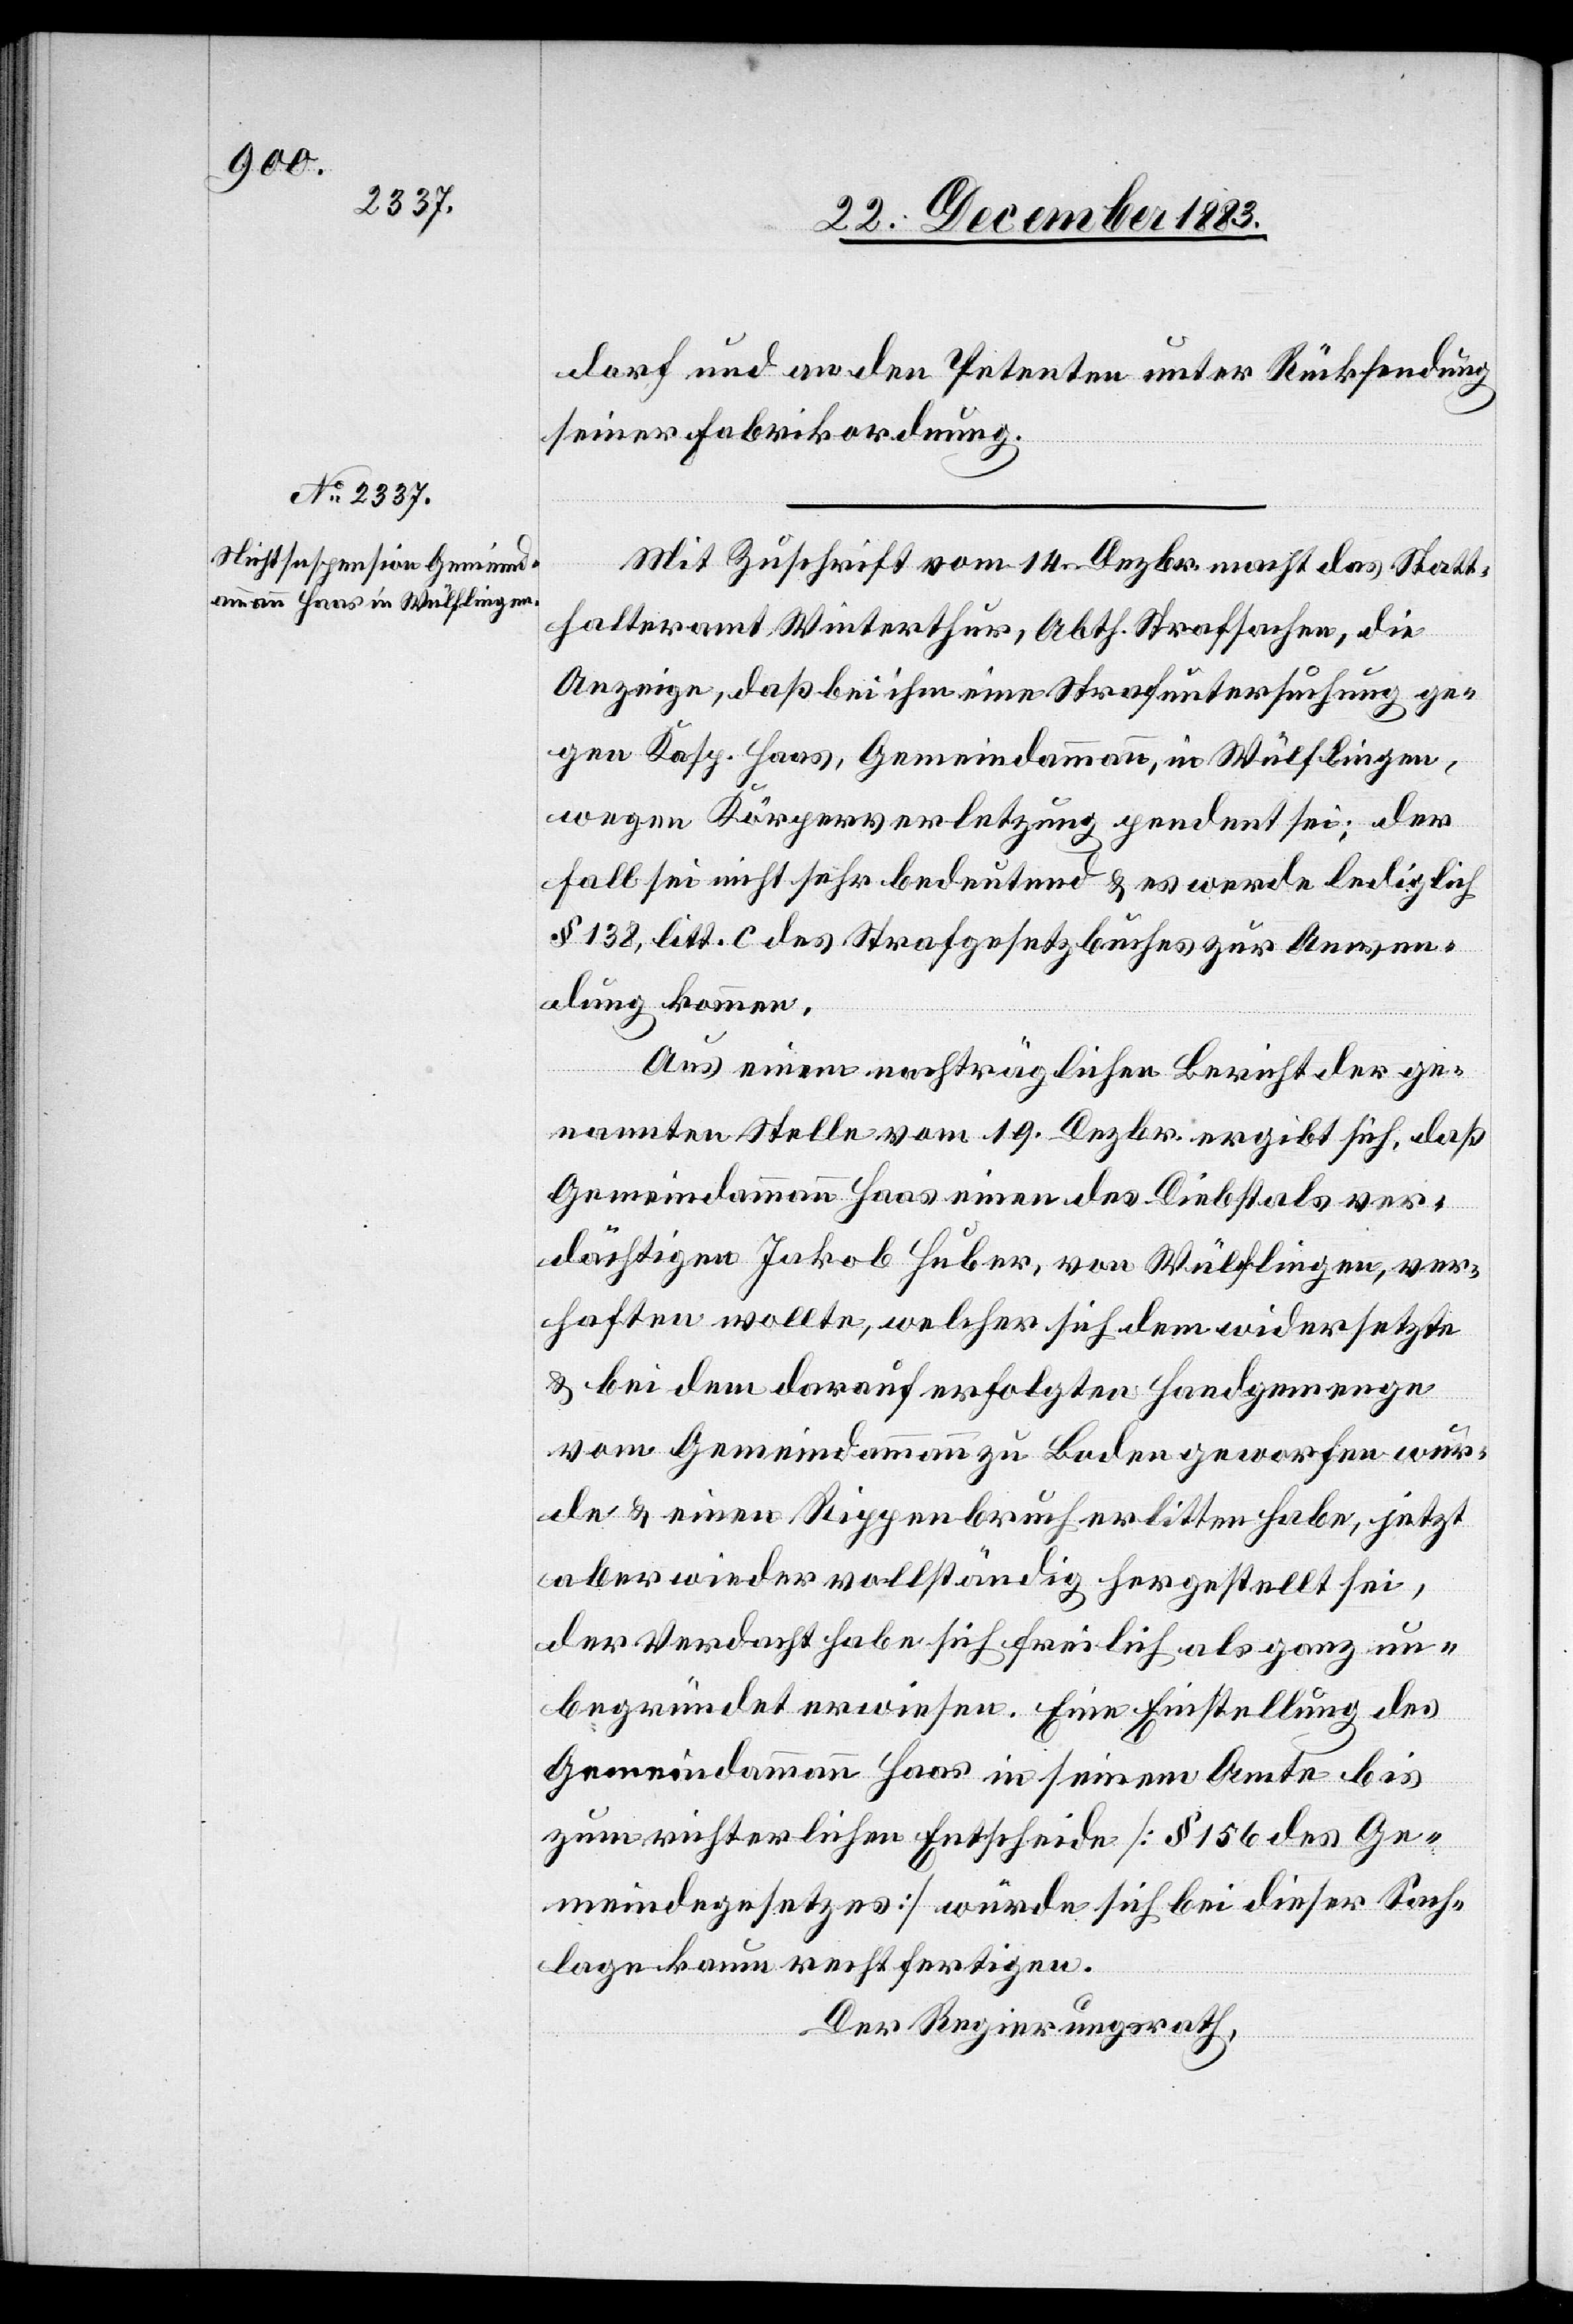
dorf und an den Petenten unter Rücksendung
seiner Fabrikordnung.
Mit Zuschrift vom 14. Dezbr. macht das Statt¬
halteramt Winterthur, Abth. Strafsachen, die
Anzeige, daß bei ihm eine Strafuntersuchung ge¬
gen Kasp. Haas, Gemeindammann, in Wülflingen,
wegen Körperverletzung pendent sei; der
Fall sei nicht sehr bedeutend & es werde lediglich
§ 138, litt. c des Strafgesetzbuches zur Anwen¬
dung kommen.
Aus einem nachträglichen Bericht der ge¬
nannten Stelle vom 19. Dezbr. ergibt sich, daß
Gemeindammann Haas einen des Diebstals ver¬
dächtigen Jakob Huber, von Wülflingen, ver¬
haften wollte, welcher sich dem widersetzte
& bei dem darauf erfolgten Handgemenge
vom Gemeindammann zu Boden geworfen wur¬
de & einen Rippenbruch erlitten habe, jetzt
aber wieder vollständig hergestellt sei,
der Verdacht habe sich freilich als ganz un¬
begründet erwiesen. Eine Einstellung des
Gemeindammann Haas in seinem Amte bis
zum richterlichen Entscheide [§ 156 des Ge¬
meindegesetzes] würde sich bei dieser Sach¬
lage kaum rechtfertigen.
Der Regierungsrath,